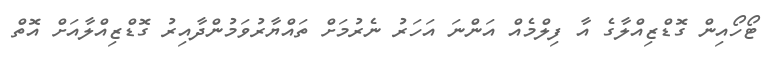
ޓޯހޯއިން ގޮޑްޒިއްލާގެ އާ ފިލްމެއް އަންނަ އަހަރު ނެރުމަށް ތައްޔާރުވަމުންދާއިރު ގޮޑްޒިއްލާއަށް އޮތް